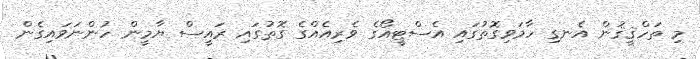
މި ތަހްޤީޤުން އެނގި ހާމަވިގޮތުގައި އެސްޓީއޯގެ ވެރިއެއްގެ ގޮތުގައި ރައީސް ޔާމީން ހުންނަވައިގެން